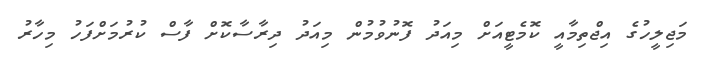
މަޖިލީހުގެ އިޖްތިމާއީ ކޮމެޓީއަށް މިއަދު ފޮނުވުމުން މިއަދު ދިރާސާކޮށް ފާސް ކުރުމަށްފަހު މިހާރު